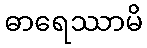
ဓာရေဿာမိ